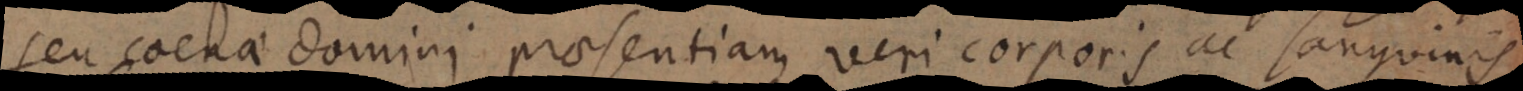
seu coenae domini praesentiam veri corporis ac sanguinis